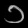
Digit: ၁